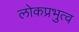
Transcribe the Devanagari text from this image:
लोकप्रभुत्व